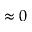
\approx 0